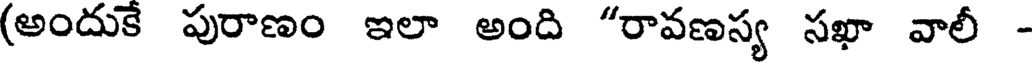
(అందుకే పురాణం ఇలా అంది "రావణస్య సఖా వాలీ -